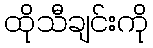
ထိုသီချင်းကို